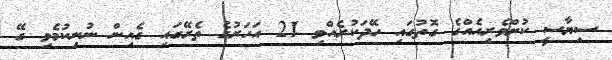
ސިޔާސީ ކުށްވެރިއެއްގެ ގޮތުގައި ހޭދަކުރެއްވި 21 އަހަރުގެ ތެރޭގައި ގެއިން ނުނިކުމެވި ގޭ